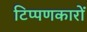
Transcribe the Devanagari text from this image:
टिप्पणकारों